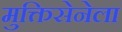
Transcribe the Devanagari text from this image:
मुक्तिसेनेला